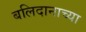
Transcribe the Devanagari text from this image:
बलिदानाच्या